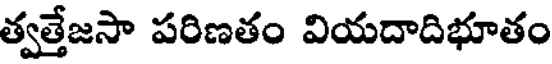
త్వత్తేజసా పరిణతం వియదాదిభూతం